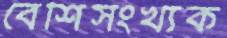
বেশিসংখ্যক